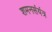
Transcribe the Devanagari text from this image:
शमनसंयंत्र